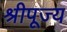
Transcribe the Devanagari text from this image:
श्रीपूज्य